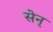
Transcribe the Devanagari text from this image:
सेन्‌